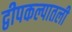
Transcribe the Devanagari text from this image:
द्वीपकल्पातली